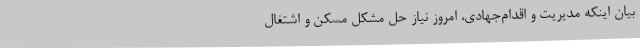
بیان اینکه مدیریت و اقدام‌جهادی، امروز نیاز حل مشکل مسکن و اشتغال